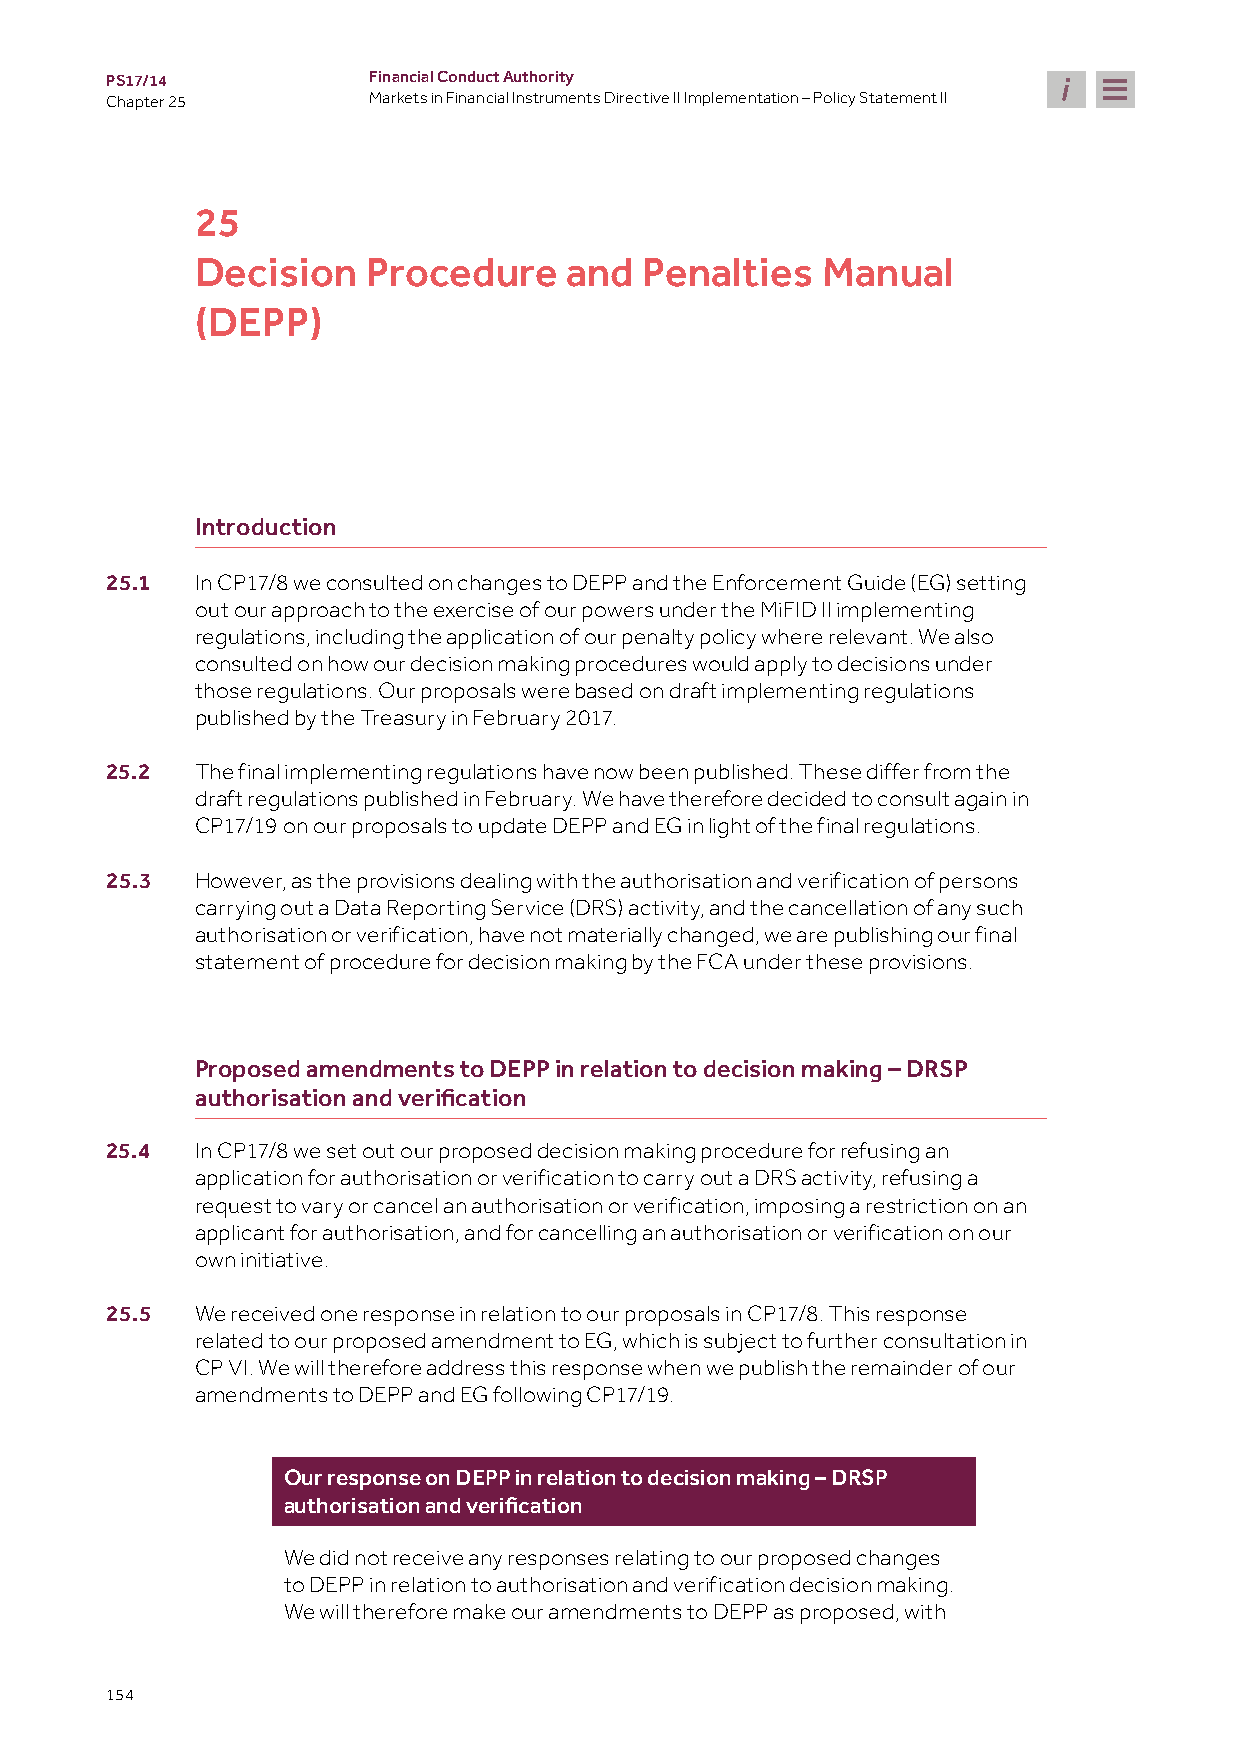
PS17/14          Financial Conduct Authority
 Chapter 25       Markets in Financial Instruments Directive II Implementation – Policy Statement II
 25
 Decision   Procedure    and  Penalties   Manual
 (DEPP)
 Introduction
 25.1  In CP17/8 we consulted on changes to DEPP and the Enforcement Guide (EG) setting
 out our approach to the exercise of our powers under the MiFID II implementing
 regulations, including the application of our penalty policy where relevant. We also
 consulted on how our decision making procedures would apply to decisions under
 those regulations. Our proposals were based on draft implementing regulations
 published by the Treasury in February 2017.
 25.2  The final implementing regulations have now been published. These differ from the
 draft regulations published in February. We have therefore decided to consult again in
 CP17/19 on our proposals to update DEPP and EG in light of the final regulations.
 25.3  However, as the provisions dealing with the authorisation and verification of persons
 carrying out a Data Reporting Service (DRS) activity, and the cancellation of any such
 authorisation or verification, have not materially changed, we are publishing our final
 statement of procedure for decision making by the FCA under these provisions.
 Proposed amendments to DEPP in relation to decision making – DRSP
 authorisation and verification
 25.4  In CP17/8 we set out our proposed decision making procedure for refusing an
 application for authorisation or verification to carry out a DRS activity, refusing a
 request to vary or cancel an authorisation or verification, imposing a restriction on an
 applicant for authorisation, and for cancelling an authorisation or verification on our
 own initiative.
 25.5  We received one response in relation to our proposals in CP17/8. This response
 related to our proposed amendment to EG, which is subject to further consultation in
 CP VI. We will therefore address this response when we publish the remainder of our
 amendments to DEPP and EG following CP17/19.
 Our response on DEPP in relation to decision making – DRSP
 authorisation and verification
 We did not receive any responses relating to our proposed changes
 to DEPP in relation to authorisation and verification decision making.
 We will therefore make our amendments to DEPP as proposed, with
 154